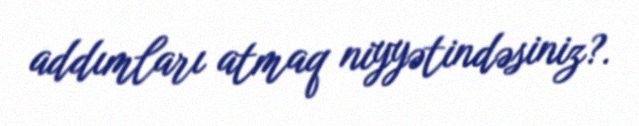
addımları atmaq niyyətindəsiniz?.